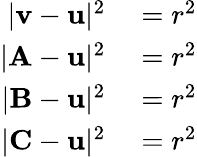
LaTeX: \begin{array}{rl}{|\mathbf{v}-\mathbf{u}|^{2}}&{{}=r^{2}}\\ {|\mathbf{A}-\mathbf{u}|^{2}}&{{}=r^{2}}\\ {|\mathbf{B}-\mathbf{u}|^{2}}&{{}=r^{2}}\\ {|\mathbf{C}-\mathbf{u}|^{2}}&{{}=r^{2}}\end{array}